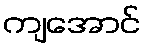
ကျအောင်